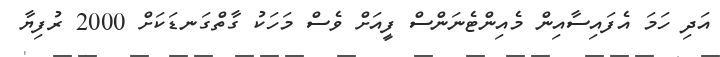
އަދި ހަމަ އެފައިސާއިން މެއިންޓެނަންސް ފީއަށް ވެސް މަހަކު ގާތްގަނޑަކަށް 2000 ރުފިޔާ